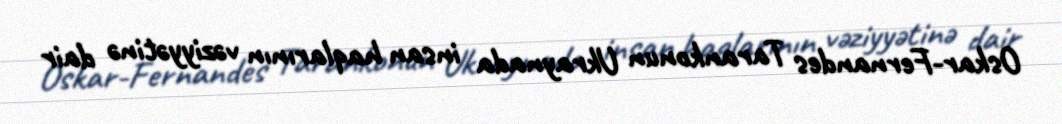
Oskar-Fernandes Tarankonun Ukraynada insan haqlarının vəziyyətinə dair